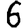
Digit: 6